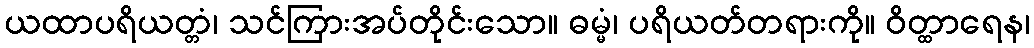
ယထာပရိယတ္တံ၊ သင်ကြားအပ်တိုင်းသော။ ဓမ္မံ၊ ပရိယတ်တရားကို။ ဝိတ္ထာရေန၊